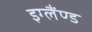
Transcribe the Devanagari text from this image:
इग्लैंण्ड